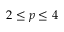
2 \le p \le 4